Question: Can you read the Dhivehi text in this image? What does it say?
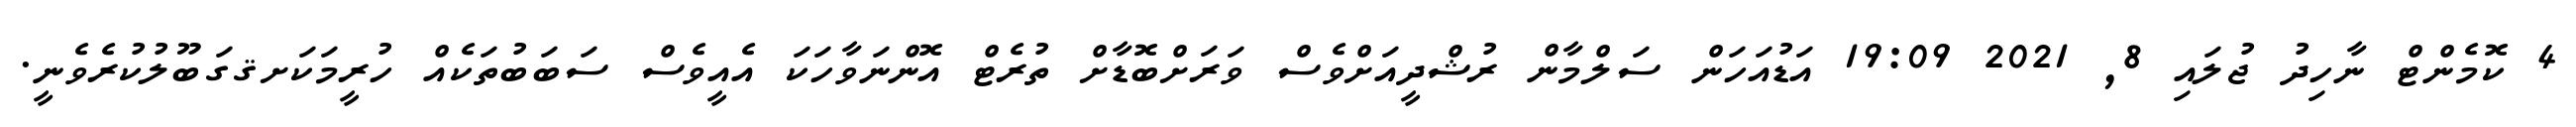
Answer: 4 ކޮމެންޓް ނާހިދު ޖުލައި 8, 2021 19:09 އަޑުއަހަން ސަލްމާން ރުޝްދީއަށްވެސް ވަރަށްބޮޑާށް ތުރެޓް އޮންނަވާހަކަ އެއީވެސް ސަބަބުތަކެއް ހުރީމަކަށޤގަބޫލުކުރެވެނީ.